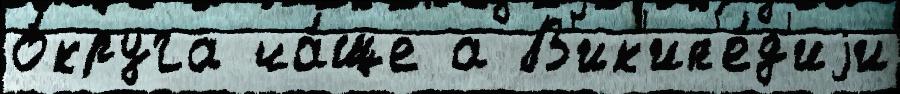
о́круга ча́ще а В'ик'ип'е́д'иjи